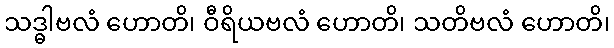
သဒ္ဓါဗလံ ဟောတိ၊ ဝီရိယဗလံ ဟောတိ၊ သတိဗလံ ဟောတိ၊